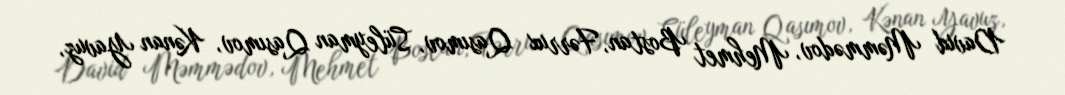
David Məmmədov, Mehmet Bostan, Fərrux Qasımov, Süleyman Qasımov, Kənan Yavuz,